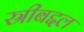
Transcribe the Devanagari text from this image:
स्रीबद्दल